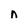
Character: n